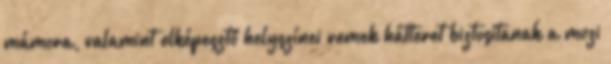
mámora, valamint elképesztő helyszínei remek hátteret biztosítanak a mozi